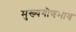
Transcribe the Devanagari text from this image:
मुख्यगौणभाव